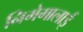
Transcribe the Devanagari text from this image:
निमेगालाई